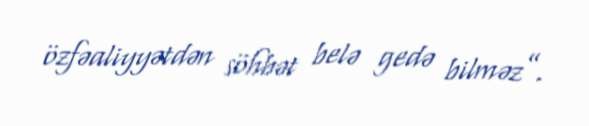
özfəaliyyətdən söhbət belə gedə bilməz”.